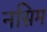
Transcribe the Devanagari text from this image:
नसिम